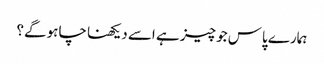
ہمارے پاس جو چیز ہے اسے دیکھنا چاہو گے؟